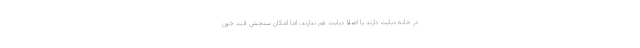
در خانه دیابت دارند یا اصلا دیابت هم ندارند، اما امکان سنجش قند خون